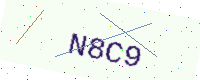
Text: N8C9